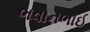
ભવાનભાઈ